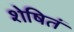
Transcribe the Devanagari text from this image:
शेषितं